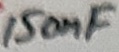
Text: 150nF